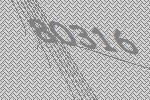
80316